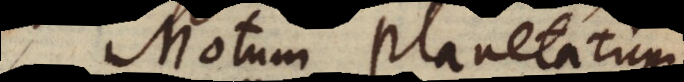
Motum Planetarium